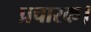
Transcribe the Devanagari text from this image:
प्रचारक।